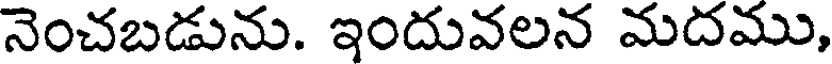
నెంచబడును. ఇందువలన మదము,